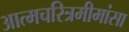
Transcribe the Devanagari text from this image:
अात्मचरित्रमीमांसा